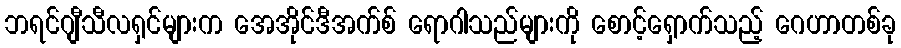
ဘရင်ဂျီသီလရှင်များက အေအိုင်ဒီအက်စ် ရောဂါသည်များကို စောင့်ရှောက်သည့် ဂေဟာတစ်ခု